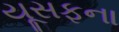
યૂસફના